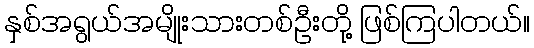
နှစ်အရွယ်အမျိုးသားတစ်ဦးတို့ ဖြစ်ကြပါတယ်။